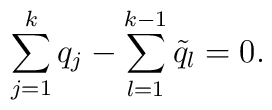
\sum_{j=1}^{k}q_{j}-\sum_{l=1}^{k-1}\tilde{q}_{l}=0.